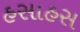
હસાહસ